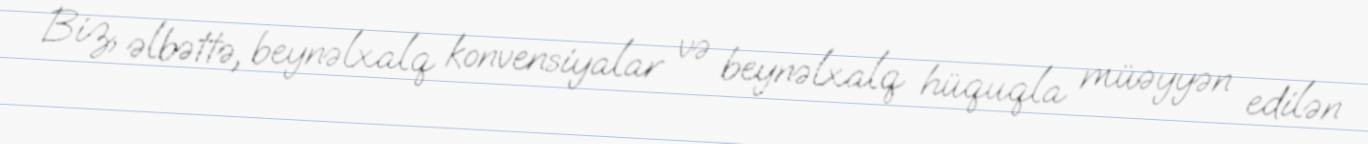
Biz, əlbəttə, beynəlxalq konvensiyalar və beynəlxalq hüquqla müəyyən edilən